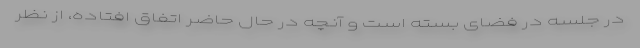
در جلسه در فضای بسته است و آنچه در حال حاضر اتفاق افتاده، از نظر